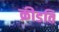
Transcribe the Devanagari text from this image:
क्रीडति